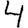
Digit: 4